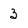
Character: 3